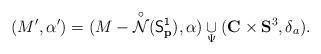
LaTeX: \begin{align*}(M^{\prime},\alpha^{\prime})=(M-\overset{\circ}{\mathcal{N}}({\mathsf{S_{\mathbf{p}}^{1}}}),\alpha)\underset{\Psi}{\cup}({\mathbf{C}}\times{\mathbf{S}^{3}},\delta_{a}).\end{align*}